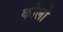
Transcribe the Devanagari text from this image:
कोलो